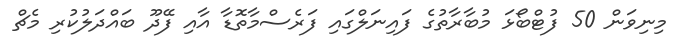
މިނިވަން 50 ފުޓްބޯޅަ މުބާރާތުގެ ފައިނަލްގައި ފަރެސްމާތޮޑާ އާއި ފޭދޫ ބައްދަލުކުރި މެޗް